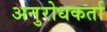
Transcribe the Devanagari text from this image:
अनुरोधकर्ता